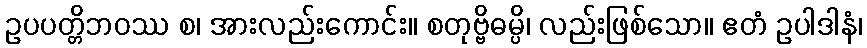
ဥပပတ္တိဘဝဿ စ၊ အားလည်းကောင်း။ စတုဗ္ဗိဓမ္ပိ၊ လည်းဖြစ်သော။ ဧတံ ဥပါဒါနံ၊